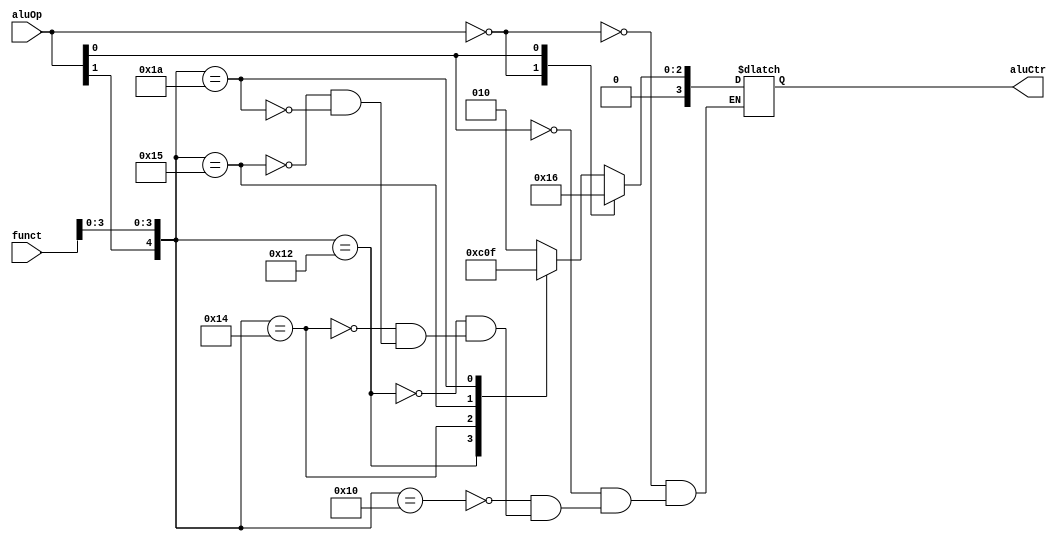
`timescale 1ns / 1ps
//////////////////////////////////////////////////////////////////////////////////
// Company: 
// Engineer: 
// 
// Design Name: 
// Module Name:    AluCtr 
// Project Name: 
// Target Devices: 
// Tool versions: 
// Description: 
//
// Dependencies: 
//
// Revision: 
// Revision 0.01 - File Created
// Additional Comments: 
//
//////////////////////////////////////////////////////////////////////////////////
module AluCtr(aluOp, funct, aluCtr);
    input [1:0] aluOp;
    input [5:0] funct;
    output [3:0] aluCtr;
    
	 reg [3:0] aluCtr;
	 
	 always @ (aluOp or funct)
	 casex ({aluOp, funct})
	     8'b00XXXXXX: aluCtr = 4'b0010;
        8'bX1XXXXXX: aluCtr = 4'b0110;
		  8'b1XXX0000: aluCtr = 4'b0010;
		  8'b1XXX0010: aluCtr = 4'b0110;
		  8'b1XXX0100: aluCtr = 4'b0000;
		  8'b1XXX0101: aluCtr = 4'b0001;
		  8'b1XXX1010: aluCtr = 4'b0111;
	 endcase

endmodule